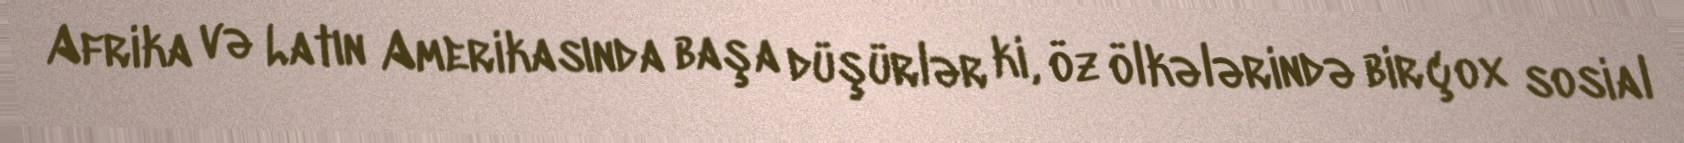
Afrika və Latın Amerikasında başa düşürlər ki, öz ölkələrində bir çox sosial